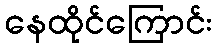
နေထိုင်ကြောင်း